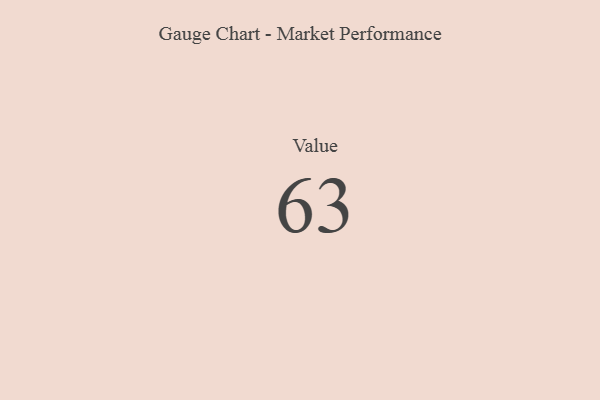
{"axis": {"x": "Metric", "y": "Value"}, "legend": [""], "data": [{"x": "Value", "y": 63, "type": ""}]}